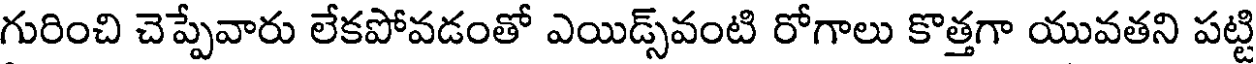
గురించి చెప్పేవారు లేకపోవడంతో ఎయిడ్స్వంటి రోగాలు కొత్తగా యువతని పట్టి